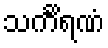
သင်္ကိရဏံ